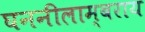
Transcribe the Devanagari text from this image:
घननीलाम्बराय